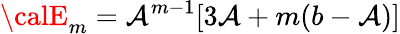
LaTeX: {\calE}_{m}=\mathcal{A}^{m-1}[3\mathcal{A}+m(b-\mathcal{A})]